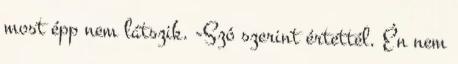
most épp nem látszik. -Szó szerint értettél. Én nem